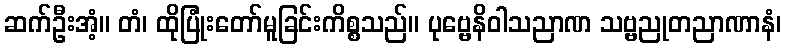
ဆက်ဦးအံ့။ တံ၊ ထိုပြုံးတော်မူခြင်းကိစ္စသည်။ ပုဗ္ဗေနိဝါသညာဏ သဗ္ဗညုတညာဏာနံ၊